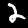
Digit: 2